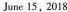
June 15,2018